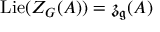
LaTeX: \operatorname { L i e } ( Z _ { G } ( A ) ) = { \mathfrak { z } } _ { \mathfrak { g } } ( A )